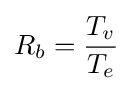
R_{b}={\frac {T_{v}}{T_{e}}}